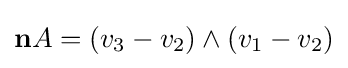
\mathbf {n} A=(v_{3}-v_{2})\wedge (v_{1}-v_{2})